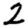
Digit: 2